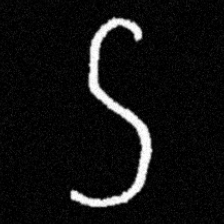
Pyu character \u2014 Myanmar letter: ဌ (romanized: ttha)